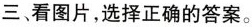
三 看图片,选择正确的答案。